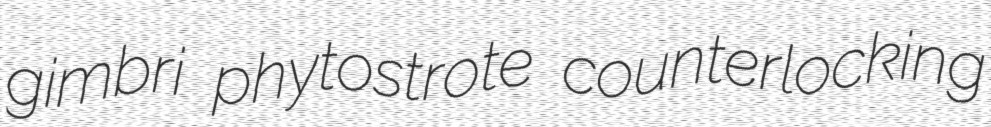
gimbri phytostrote counterlocking